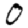
Digit: 0